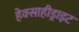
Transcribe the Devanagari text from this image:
हेक्साहीड्राइट